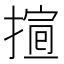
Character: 𢱱